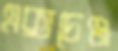
এক্সচেঞ্জ